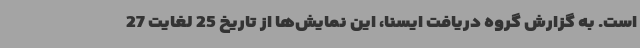
است. به گزارش گروه دریافت ایسنا، این نمایش‌ها از تاریخ 25 لغایت 27